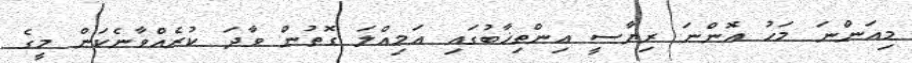
މިއަންނަ މަހު އޮންނަ ރިޔާސީ އިންތިޚާބުގައި އަމިއްލަ ގޮތުން ވާދަ ކުރެއްވާނެކަން މީގެ